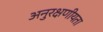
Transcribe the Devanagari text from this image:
अनुरक्षणीयता